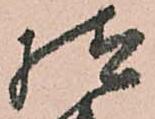
様